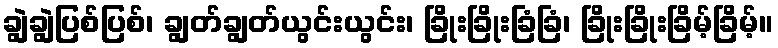
ချွဲချွဲပြစ်ပြစ်၊ ချွတ်ချွတ်ယွင်းယွင်း၊ ခြိုးခြိုးခြံခြံ၊ ခြိုးခြိုးခြိမ့်ခြိမ့်။